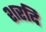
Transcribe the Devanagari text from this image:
शरदि